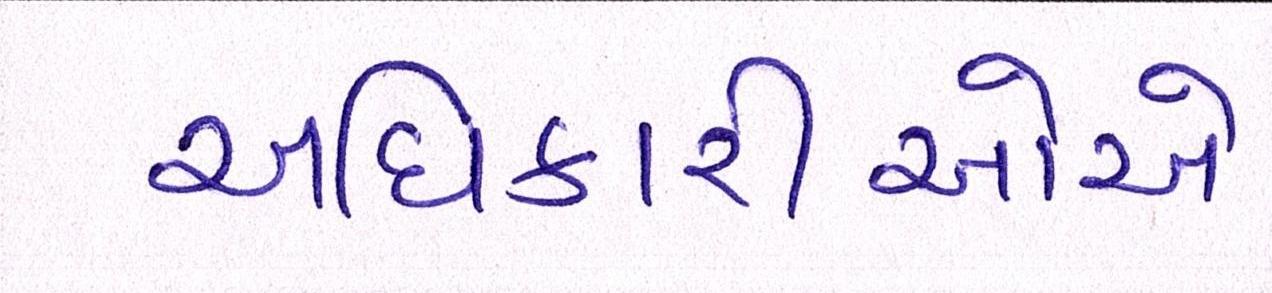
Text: અધિકારીઓએ